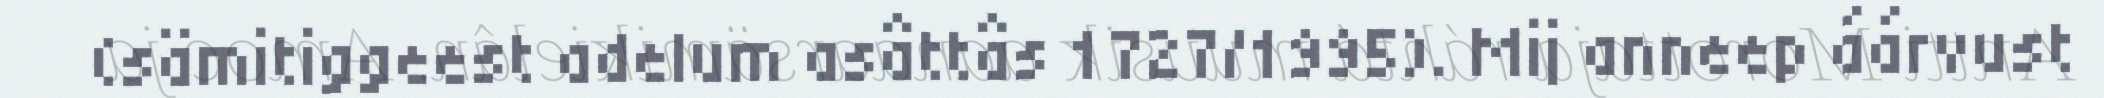
(sämitiggeest adelum asâttâs 1727/1995). Mij anneep áárvust